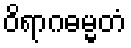
ဝိရာဂဓမ္မတံ